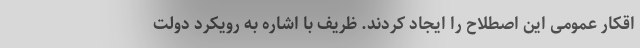
اقکار عمومی این اصطلاح را ایجاد کردند. ظریف با اشاره به رویکرد دولت